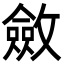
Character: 斂